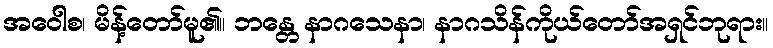
အဝေါစ၊ မိန့်တော်မူ၏။ ဘန္တေ နာဂသေနာ၊ နာဂသိန်ကိုယ်တော်အရှင်ဘုရား။